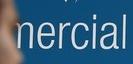
merical